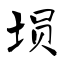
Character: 埙